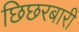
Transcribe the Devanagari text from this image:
छिछरबारी